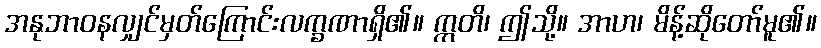
အနုဘာဝနလျှင်မှတ်ကြောင်းလက္ခဏာရှိ၏။ ဣတိ၊ ဤသို့။ အာဟ၊ မိန့်ဆိုတော်မူ၏။